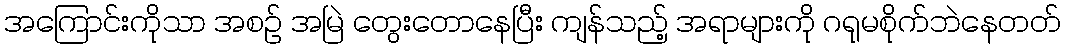
အကြောင်းကိုသာ အစဉ် အမြဲ တွေးတောနေပြီး ကျန်သည့် အရာများကို ဂရုမစိုက်ဘဲနေတတ်